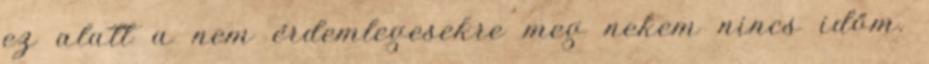
ez alatt a nem érdemlegesekre meg nekem nincs időm.